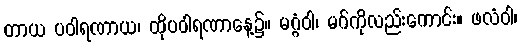
တာယ ပဝါရဏာယ၊ ထိုပဝါရဏာနေ့၌။ မဂ္ဂံဝါ၊ မဂ်ကိုလည်းကောင်း။ ဖလံဝါ၊